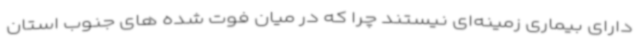
دارای بیماری زمینه‌ای نیستند چرا که در میان فوت شده های جنوب استان